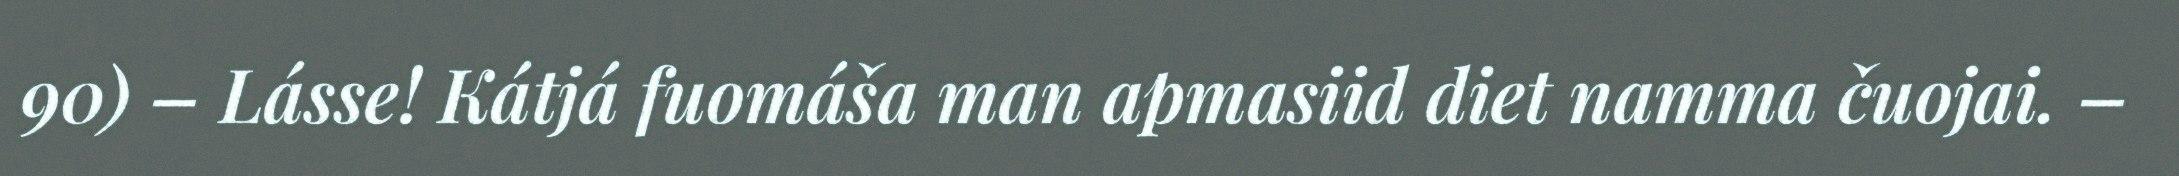
90) – Lásse! Kátjá fuomáša man apmasiid diet namma čuojai. –